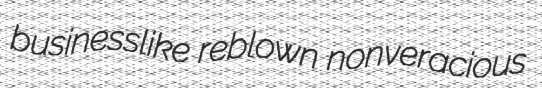
businesslike reblown nonveracious